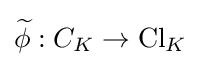
{\widetilde {\phi }}:C_{K}\to \operatorname {Cl} _{K}